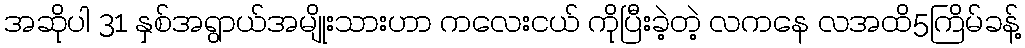
အဆိုပါ 31 နှစ်အရွာယ်အမျိုးသားဟာ ကလေးငယ် ကိုပြီးခဲ့တဲ့ လကနေ လအထိ5ကြိမ်ခန့်